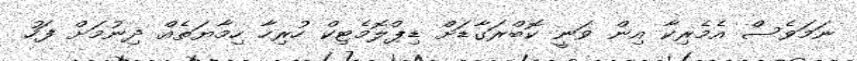
ނަމަވެސް އެމެރިކާ އިން ވަނީ ކޮބްރަގާޑަށް ޑިޕްލޮމެޓިކް ހުރިހާ ހިމާޔަތެއް ދިނުމަށް ފަހު